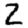
Digit: 2